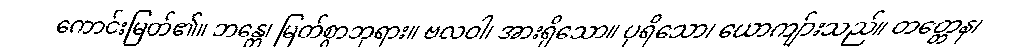
ကောင်းမြတ်၏။ ဘန္တေ၊ မြတ်စွာဘုရား။ ဗလဝါ၊ အားရှိသော။ ပုရိသော၊ ယောကျ်ားသည်။ တတ္တေန၊